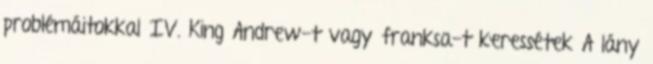
problémáitokkal IV. King Andrew-t vagy franksa-t keressétek A lány